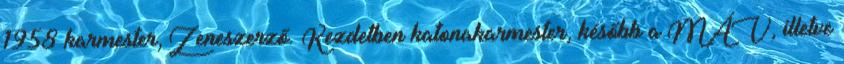
1958 karmester, Zeneszerző. Kezdetben katonakarmester, később a MÁV, illetve